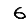
Digit: 6